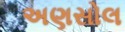
અણસોલ